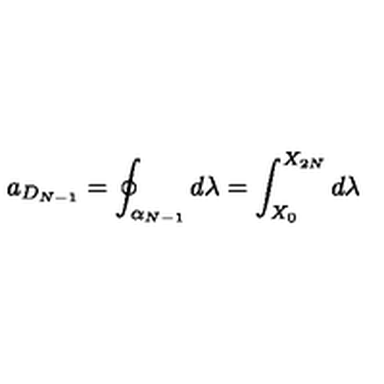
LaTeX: a _ { D _ { N - 1 } } = \oint _ { \alpha _ { N - 1 } } d \lambda = \int _ { X _ { 0 } } ^ { X _ { 2 N } } d \lambda